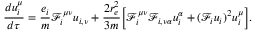
\frac { d u _ { i } ^ { \mu } } { d \tau } = \frac { e _ { i } } { m } \mathcal { F } _ { i } ^ { \mu \nu } u _ { i , \nu } + \frac { 2 r _ { e } ^ { 2 } } { 3 m } \Big [ \Big . \mathcal { F } _ { i } ^ { \mu \nu } \mathcal { F } _ { i , \nu \alpha } u _ { i } ^ { \alpha } + ( \mathcal { F } _ { i } u _ { i } ) ^ { 2 } u _ { i } ^ { \mu } \Big . \Big ] .